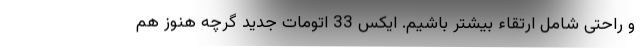
و راحتی شامل ارتقاء بیشتر باشیم. ایکس 33 اتومات جدید گرچه هنوز هم